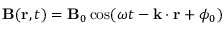
\mathbf { B } ( \mathbf { r } , t ) = \mathbf { B } _ { 0 } \cos ( \omega t - \mathbf { k } \cdot \mathbf { r } + \phi _ { 0 } )